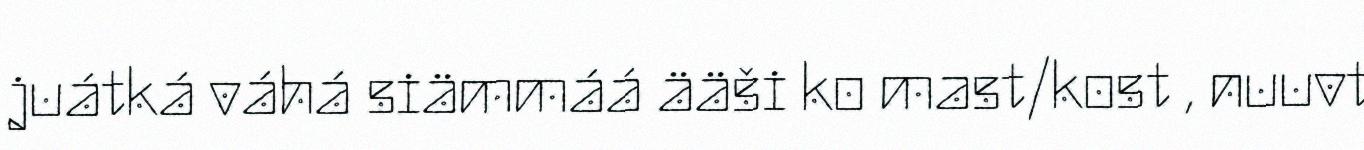
juátká váhá siämmáá ääši ko mast/kost , nuuvt